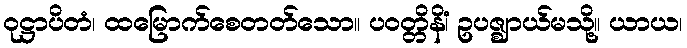
ဝုဋ္ဌာပိတံ၊ ထမြောက်စေတတ်သော။ ပဝတ္တိနိံ၊ ဥပဇ္ဈာယ်မသို့။ ယာယ၊